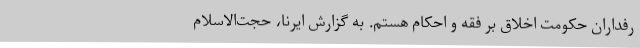
رفداران حکومت اخلاق بر فقه و احکام هستم. به گزارش ایرنا، حجت‌الاسلام